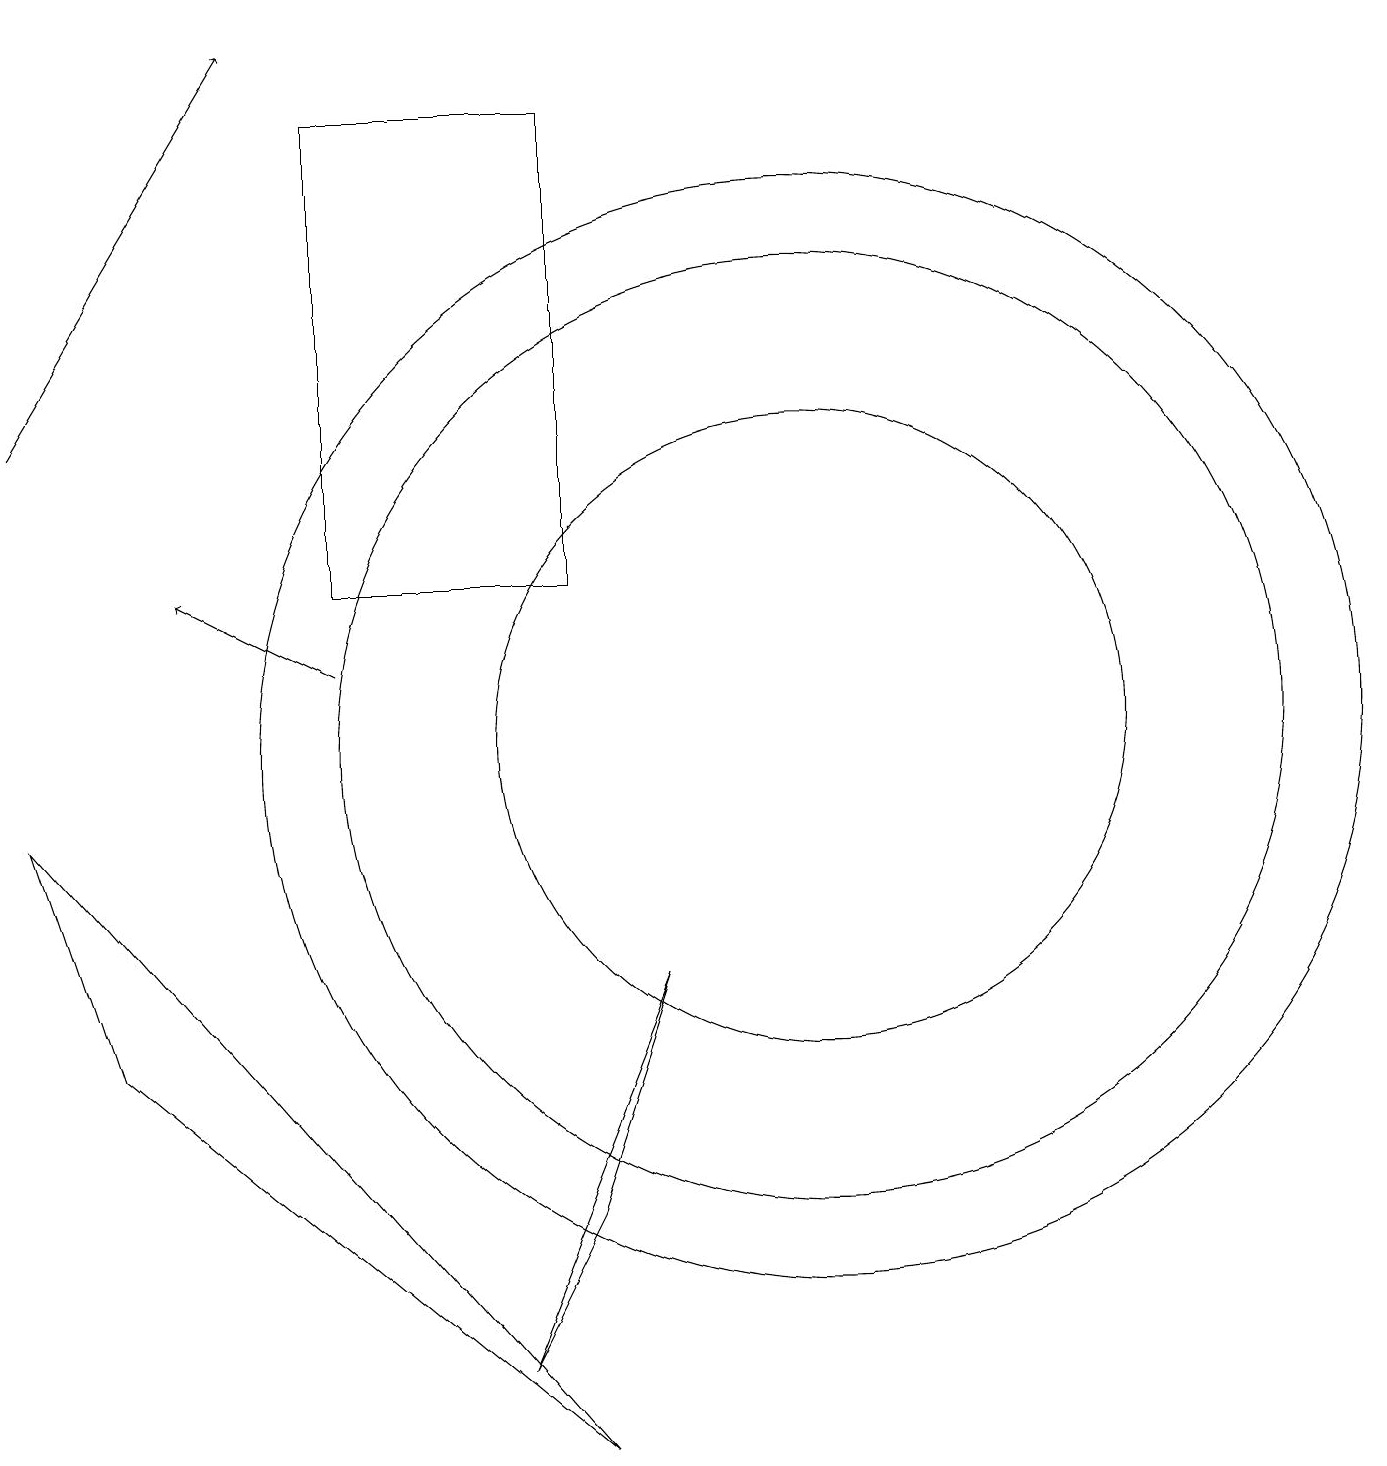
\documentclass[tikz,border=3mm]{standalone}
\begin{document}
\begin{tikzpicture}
\draw[->] (0,14) -- (3,19);
\draw (7,12) rectangle (4,18);
\draw[->] (4,11) -- (2,12);
\draw (10,10) circle (6);
\draw (10,10) circle (4);
\draw (10,10) circle (7);
\draw (8,7) -- (6,2) -- (7,4) -- cycle;
\draw (0,9) -- (7,1) -- (1,6) -- cycle;
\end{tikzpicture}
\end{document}